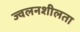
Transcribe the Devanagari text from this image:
ज्‍वलनशीलता